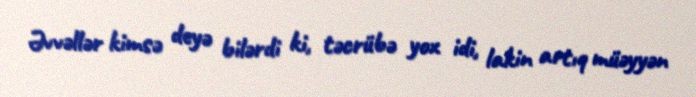
Əvvəllər kimsə deyə bilərdi ki, təcrübə yox idi, lakin artıq müəyyən